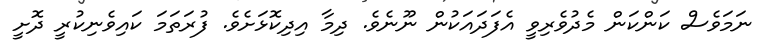
ނަމަވެސް ކަންކަން މެދުވެރިވީ އެފަދައަކުން ނޫނެވެ. ދިމާ އިދިކޮޅަށެވެ. ފުރަތަމަ ކައިވެނިކުރީ ދޮށީ